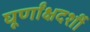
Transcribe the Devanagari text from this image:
घूर्णांक्षदर्शी